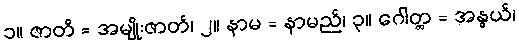
၁။ ဇာတိ = အမျိုးဇာတ်၊ ၂။ နာမ = နာမည်၊ ၃။ ဂေါတ္တ = အနွယ်၊